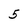
Character: 5